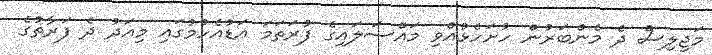
މަޖިލިސް ދެ މެންބަރުން ހުށަހެޅުއްވި މައްސަލައިގެ ފުރަތަމަ އަޑުއެހުމުގައި މިއަދު ދެ ފަރާތުގެ